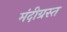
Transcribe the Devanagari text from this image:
मंदीग्रस्त